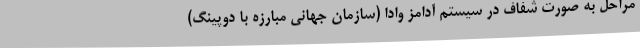
مراحل به صورت شفاف در سیستم آدامز وادا (سازمان جهانی مبارزه با دوپینگ)